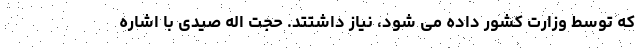
که توسط وزارت کشور داده می شود، نیاز داشتتد. حجت اله صیدی با اشاره